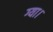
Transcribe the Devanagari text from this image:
ग्या।